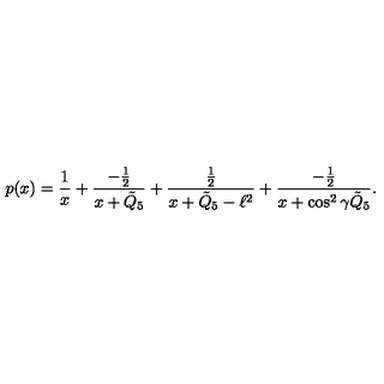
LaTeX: p ( x ) = { \frac { 1 } { x } } + { \frac { - { \frac { 1 } { 2 } } } { x + \tilde { Q } _ { 5 } } } + { \frac { \frac { 1 } { 2 } } { x + \tilde { Q } _ { 5 } - \ell ^ { 2 } } } + { \frac { - { \frac { 1 } { 2 } } } { x + \cos ^ { 2 } \gamma \tilde { Q } _ { 5 } } } .